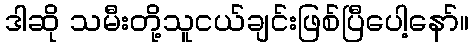
ဒါဆို သမီးတို့သူငယ်ချင်းဖြစ်ပြီပေါ့နော်။